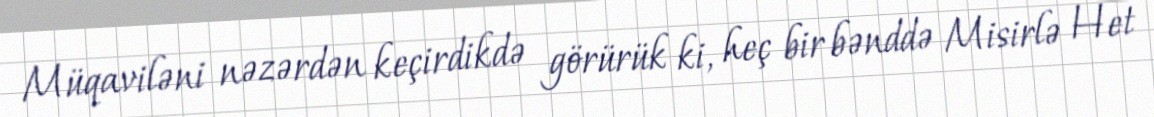
Müqaviləni nəzərdən keçirdikdə görürük ki, heç bir bənddə Misirlə Het